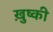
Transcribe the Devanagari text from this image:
ख़ुष्की